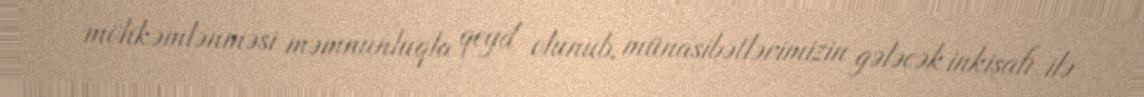
möhkəmlənməsi məmnunluqla qeyd olunub, münasibətlərimizin gələcək inkişafı ilə